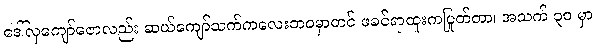
ဒေါ်လှကျော်ဇောလည်း ဆယ်ကျော်သက်ကလေးဘဝမှာတင် ဖခင်ရာထူးကပြုတ်တာ၊ အသက် ၃၀ မှာ